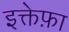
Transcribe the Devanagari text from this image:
इक्तेफ़ा